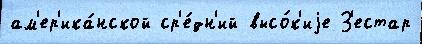
ам'ер'ика́нской ср'е́дн'ий высо́к'иjе З'естар